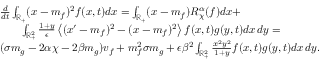
\begin{array} { r l } & { \frac { d } { d t } \int _ { \mathbb R _ { + } } ( x - m _ { f } ) ^ { 2 } f ( x , t ) d x = \int _ { \mathbb R _ { + } } ( x - m _ { f } ) R _ { \chi } ^ { \alpha } ( f ) d x + } \\ & { \qquad \int _ { \mathbb R _ { + } ^ { 2 } } \frac { 1 + y } { \epsilon } \left\langle ( x ^ { \prime } - m _ { f } ) ^ { 2 } - ( x - m _ { f } ) ^ { 2 } \right\rangle f ( x , t ) g ( y , t ) d x \, d y = } \\ & { ( \sigma m _ { g } - 2 \alpha \chi - 2 \beta m _ { g } ) v _ { f } + m _ { f } ^ { 2 } \sigma m _ { g } + \epsilon \beta ^ { 2 } \int _ { \mathbb R _ { + } ^ { 2 } } \frac { x ^ { 2 } y ^ { 2 } } { 1 + y } f ( x , t ) g ( y , t ) d x \, d y . } \end{array}